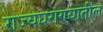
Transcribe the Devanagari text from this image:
राज्यघराण्यातील